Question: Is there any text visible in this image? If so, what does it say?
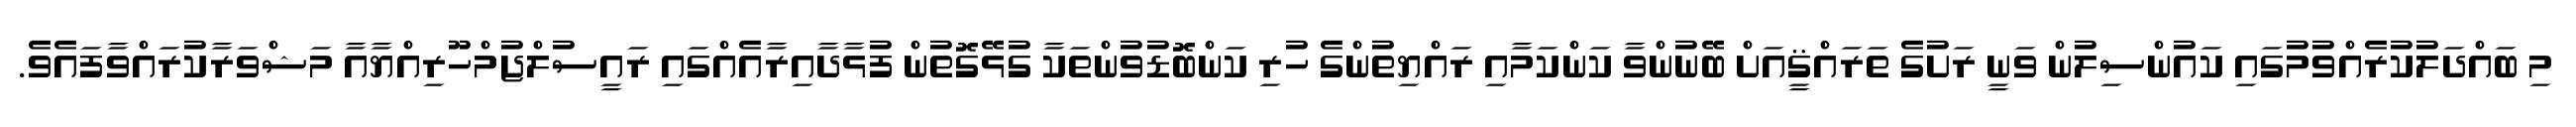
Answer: މި ބައްދަލުކުރެއްވުމުގައި ކައުންސިލުން ވަނީ ރަށުގެ ތަރައްޤީއަށް ބޭނުންވާ ކަންކަމާއި ރައްޔިތުންގެ ހުރި ކަންބޮޑުވުންތަކާ ގުޅޭގޮތުން ފުޅާދާއިރާއެއްގައި ރައީސުލްޖުމްހޫރިއްޔާއާ މަޝްވަރާކުރައްވާފައެވެ.